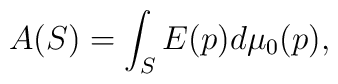
A(S) = \int_S E(p)d\mu_0(p),